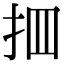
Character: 𢪾